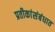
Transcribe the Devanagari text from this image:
प्रतीकांसंबंधात